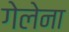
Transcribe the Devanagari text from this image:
गेलेना